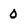
Character: 0